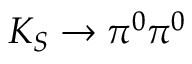
K _ { S } \to \pi ^ { 0 } \pi ^ { 0 }